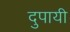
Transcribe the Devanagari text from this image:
दुपायी